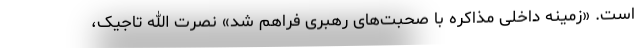
است. «زمینه داخلی مذاکره با صحبت‌های رهبری فراهم شد» نصرت الله تاجیک،